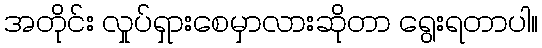
အတိုင်း လှုပ်ရှားစေမှာလားဆိုတာ ရွေးရတာပါ။